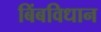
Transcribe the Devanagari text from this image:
बिंबविधान